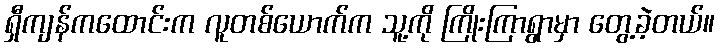
ရှီကျန်ကထောင်းက လူတစ်ယောက်က သူ့ကို ကြိုးကြာရွာမှာ တွေ့ခဲ့တယ်။